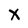
Character: X